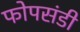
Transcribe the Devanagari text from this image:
फोपसंडी